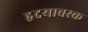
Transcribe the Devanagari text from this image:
हृदयावरक